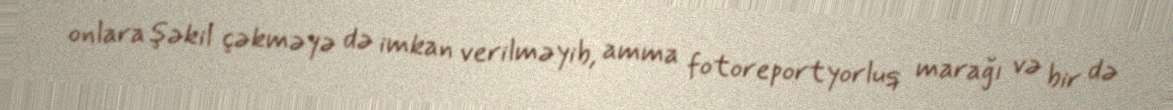
onlara şəkil çəkməyə də imkan verilməyib, amma fotoreportyorluq marağı və bir də